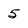
Character: 5